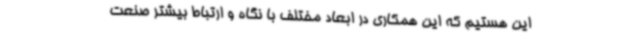
این هستیم که این همکاری در ابعاد مختلف با نگاه و ارتباط بیشتر صنعت